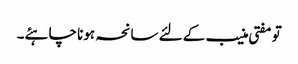
تو مفتی منیب کے لئے سانحہ ہونا چاہئے۔